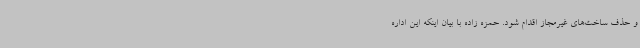
و حذف ساخت‌های غیرمجاز اقدام شود. حمزه زاده با بیان اینکه این اداره